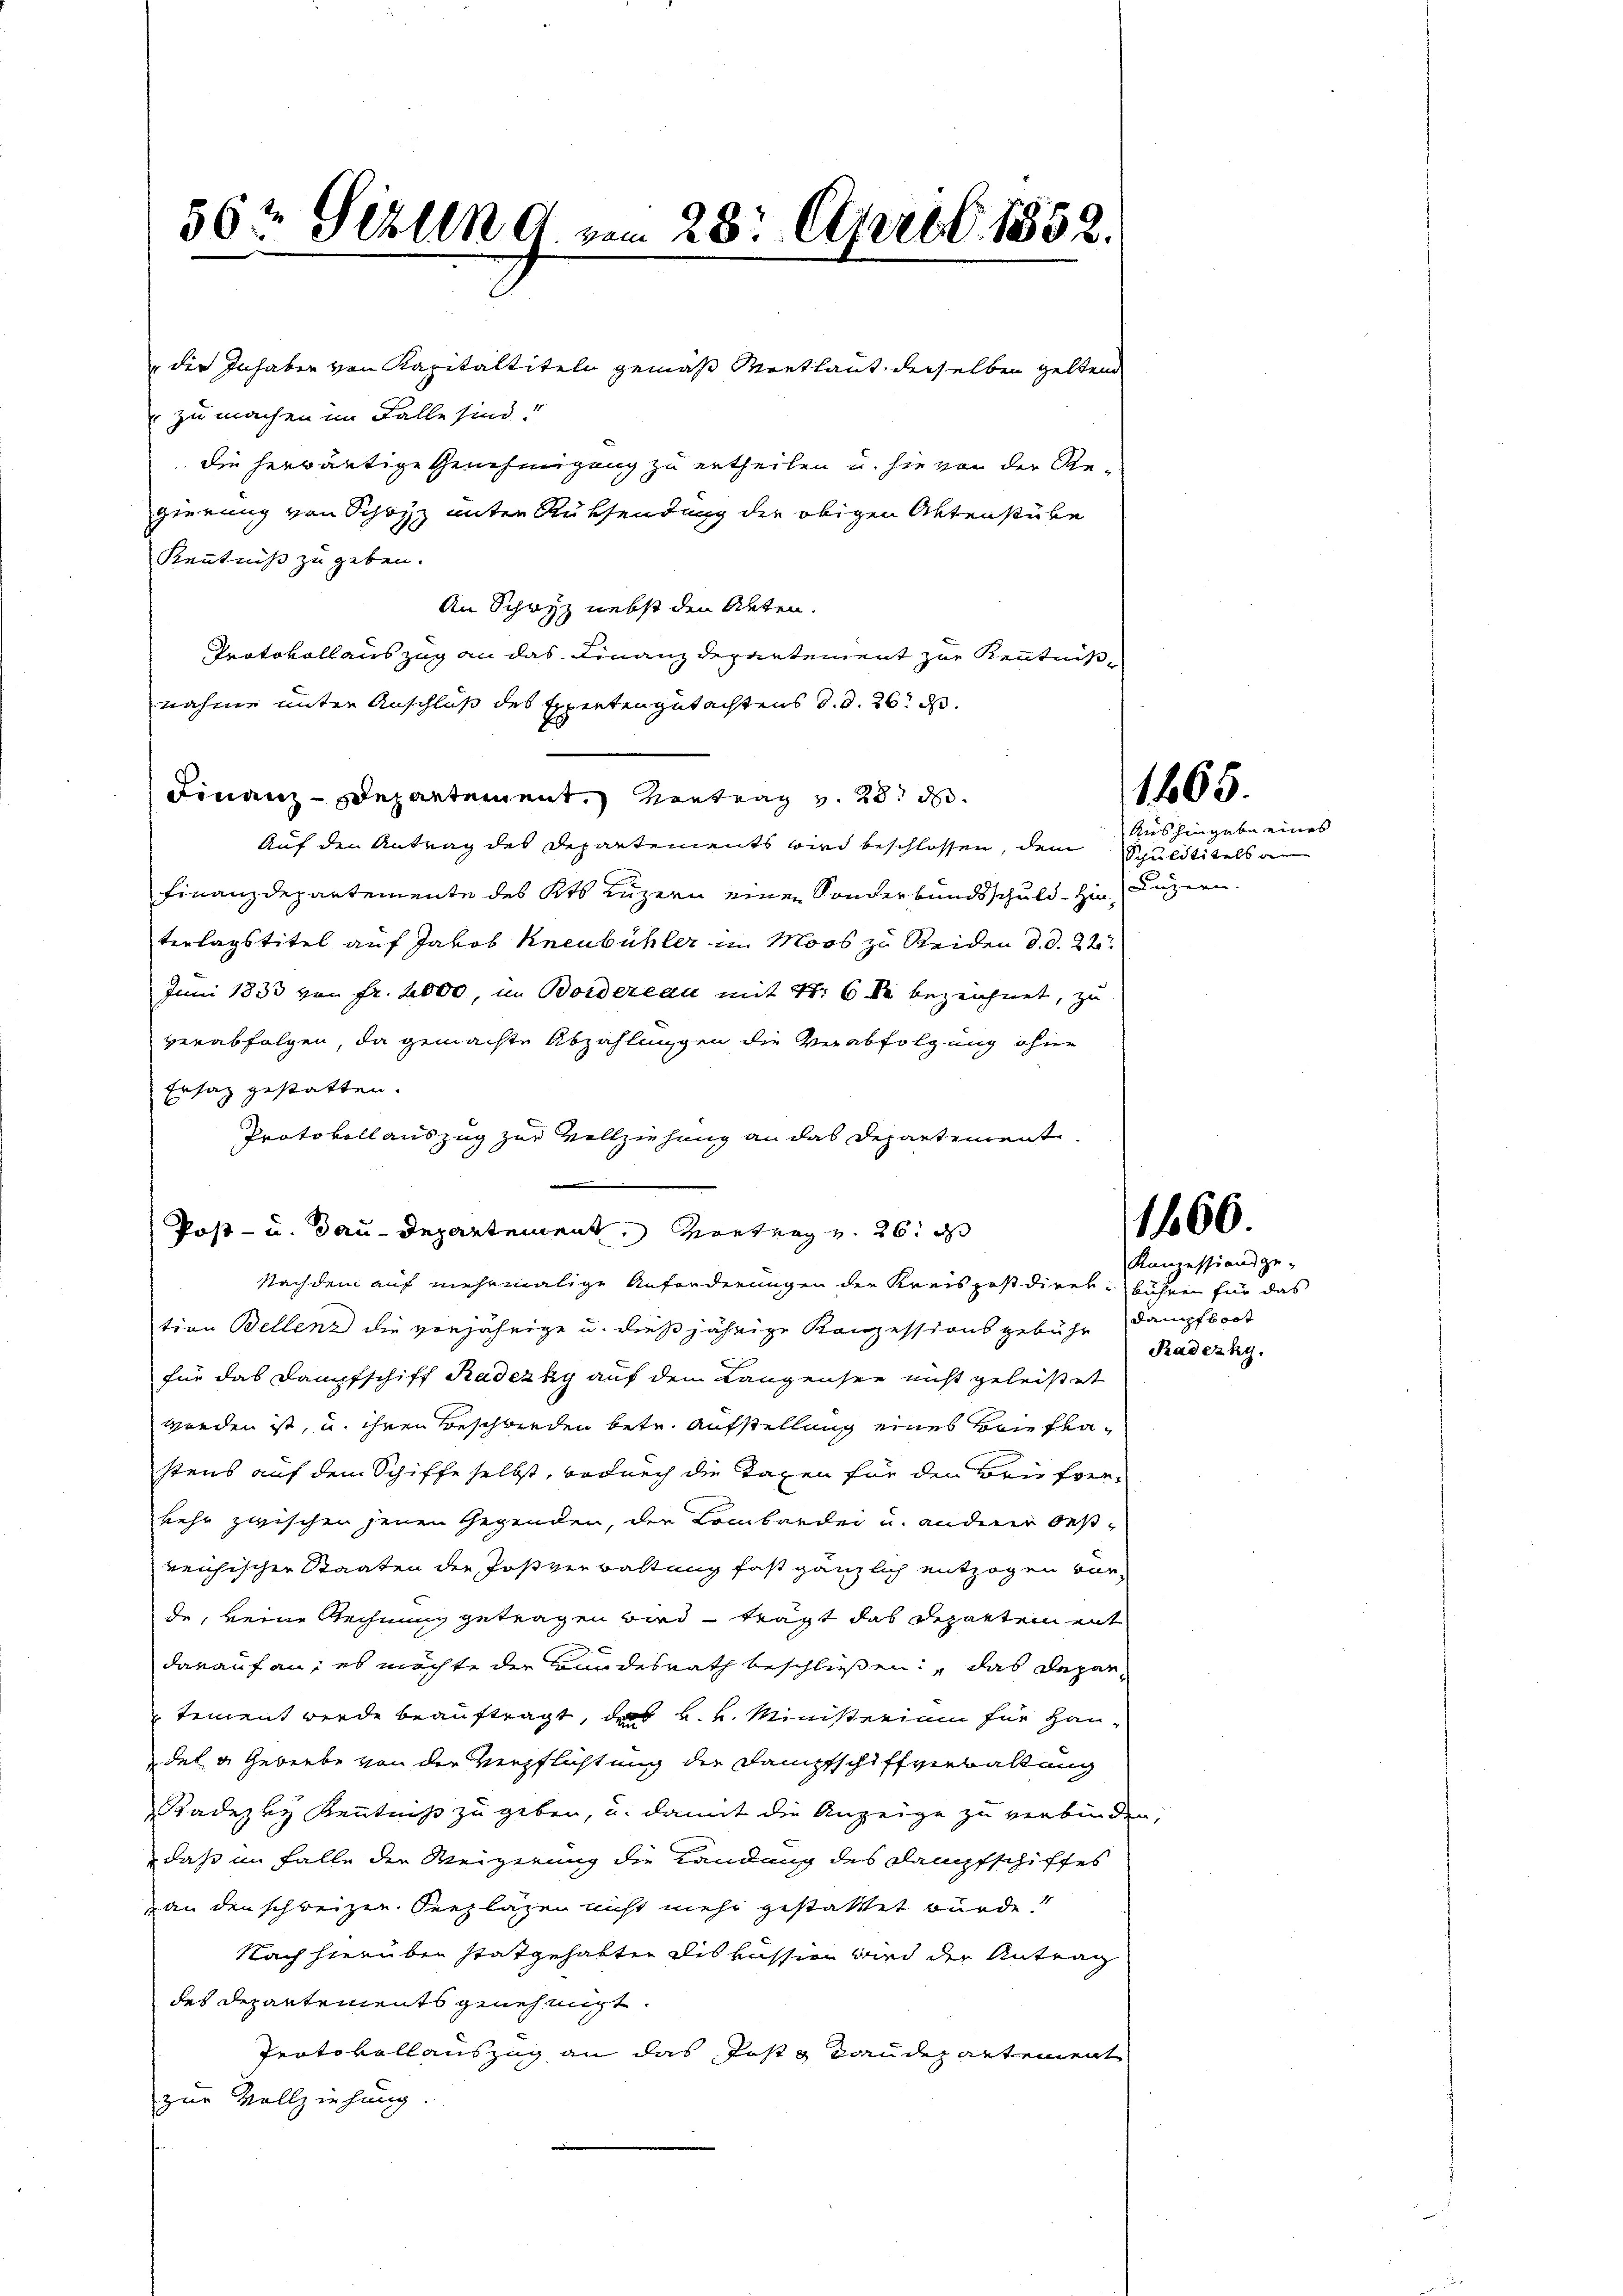
der Inhaben von Kapitaltiteln gemäß Mortlaut derselben geltend
zu machen im Falle sind.
die herwärtige Genehmigung zu ertheilen u. sie von der Re-
gierung von Schwyz unter Rüksendung die obigen Aktenstube
Kenntniß zu geben.
An Schwyz nebst den Akten.
Protokoll auszug an das Finanzdepartement zur Kenntnißnahme unter Anschluß des Expertengutachtens d. d. 26. d.
Finanz-Departement. Vortrag v. 28. d.
Auf den Antrag des Departements wird beschlossen, dem Schuldtitels a
Finanzdepartemente des Kts. Luzern einen Sonderbundsschuld - Hin Luzern.
terlagstitel auf Jakob Kneubühler im Moos zu Reiden d. d. 22
Juni 1833 von fr. 2000, im Bordereau mit 48: 6 kr bezeichnet, zu
verabfolgen, da gemachte Abzahlungen die Verabfolgung ohne
Ersatz gestatten.
Protokoll auszug zur Vollziehung an das Departemente
Post- u. Bau-Departement, Vortrag v. 26. ds
Nachdem auf mehrmalige Anforderungen der Kreispostdirek-bühren für das
tion Bellenz die vorjährige u. dießjährige Konzessionsgebühr dampfboot
für das Dampfschiff Kadezky auf dem Langensee nicht geleistet
werden ist, u. ihren Beschreden betr. Aufstellung eines Briefkastens auf dem Schiffe selbst, wodurch die Taxen für den Briefverkehr zwischen jenen Gegenden, der Kombrede u. anderer besreichischer Staaten der Josverwaltung fast gänzlich entzogen war,
de, keine Rechnung getragen wird trägt das Departen mit
darauf an, es möchte der Bundesrath beschlüssen, das Departement werde beauftragt, das k. k. Ministerium für Haudet u. Geliebe von der Verpflichtung der Dampfschiffverwaltung
Kadezey Kenntniß zu geben, u. damit die Anzeige zu verbinden
daß im Falle der Weigerung die Kandung des Dampfschiffes
an den schweizer. Seezlägen nicht mehr gestattet würde!
Nach hierüber stattgehabten Diskussion wird der Antrag
des Departements genehmigt.
Protokollauszug an das Posts Raudepartement
zur Vollziehung.

56t Ferien 9. vom 28. April 1852.

1865.

Aushingabe eines

1666.

Kanzessionsge¬
Radezky.